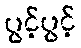
ပွင့်ပွင့်